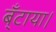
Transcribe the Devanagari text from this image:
ब्ँटाया।